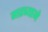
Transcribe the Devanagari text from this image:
गरब्याने